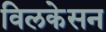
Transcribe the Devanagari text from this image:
विलकेसन